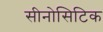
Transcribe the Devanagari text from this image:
सीनोसिटिक